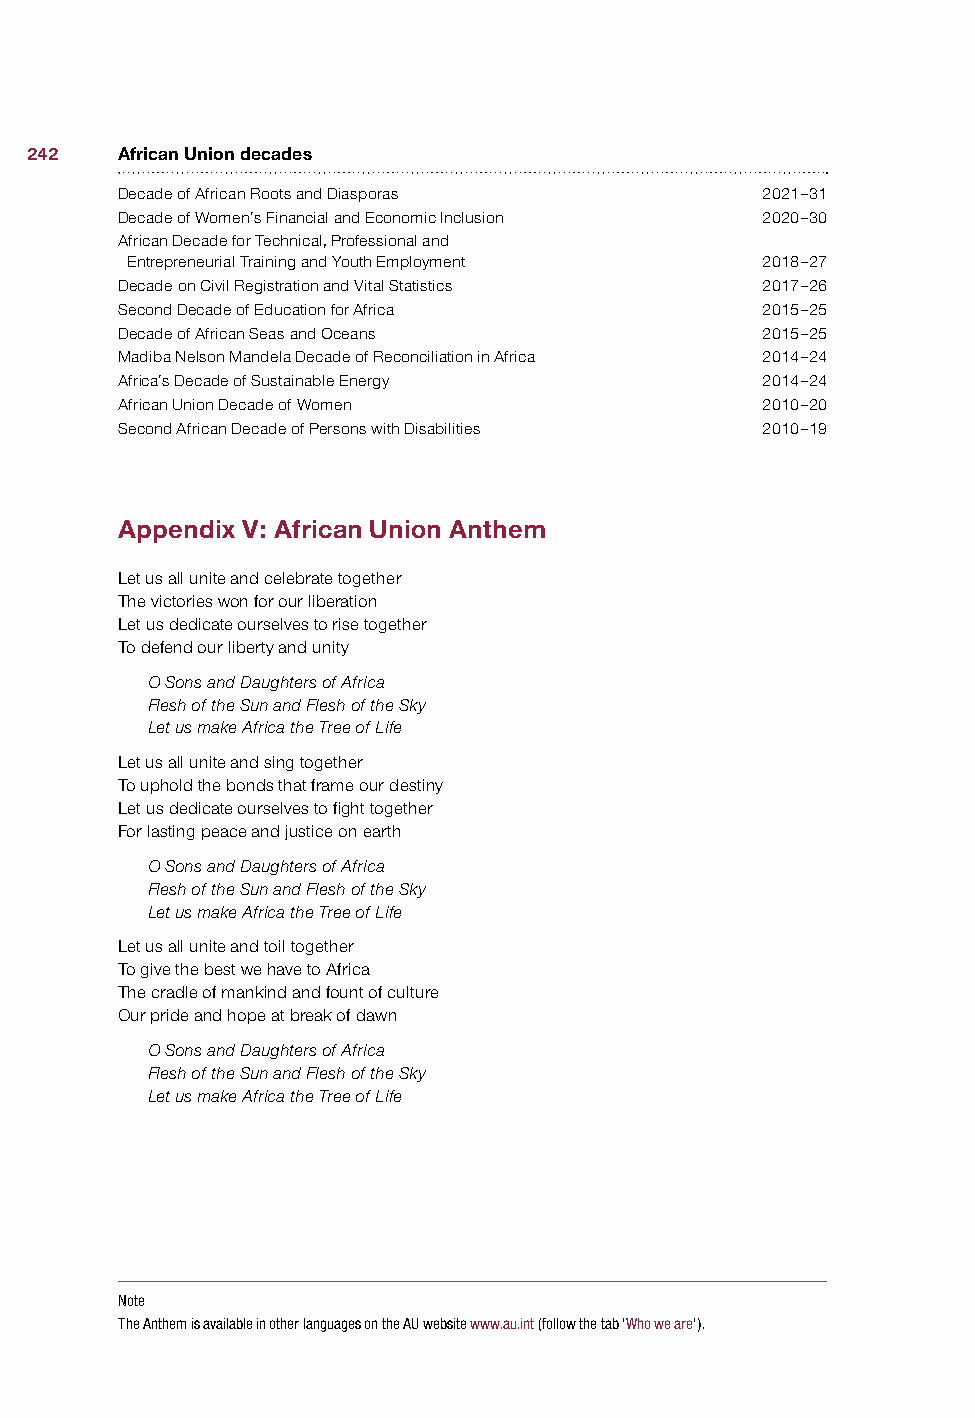
242   African Union decades
 Decade of African Roots and Diasporas     2021–31
 Decade of Women’s Financial and Economic Inclusion 2020–30
 African Decade for Technical, Professional and
 Entrepreneurial Training and Youth Employment 2018–27
 Decade on Civil Registration and Vital Statistics 2017–26
 Second Decade of Education for Africa     2015–25
 Decade of African Seas and Oceans         2015–25
 Madiba Nelson Mandela Decade of Reconciliation in Africa 2014–24
 Africa’s Decade of Sustainable Energy     2014–24
 African Union Decade of Women             2010–20
 Second African Decade of Persons with Disabilities 2010–19
 Appendix V: African Union Anthem
 Let us all unite and celebrate together
 The victories won for our liberation
 Let us dedicate ourselves to rise together
 To defend our liberty and unity
 O Sons and Daughters of Africa
 Flesh of the Sun and Flesh of the Sky
 Let us make Africa the Tree of Life
 Let us all unite and sing together
 To uphold the bonds that frame our destiny
 Let us dedicate ourselves to fight together
 For lasting peace and justice on earth
 O Sons and Daughters of Africa
 Flesh of the Sun and Flesh of the Sky
 Let us make Africa the Tree of Life
 Let us all unite and toil together
 To give the best we have to Africa
 The cradle of mankind and fount of culture
 Our pride and hope at break of dawn
 O Sons and Daughters of Africa
 Flesh of the Sun and Flesh of the Sky
 Let us make Africa the Tree of Life
 Note
 The Anthem is available in other languages on the AU website www.au.int (follow the tab ‘Who we are’).